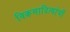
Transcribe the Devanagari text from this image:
विक्रमादित्यांची